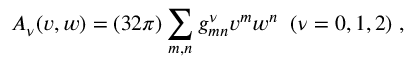
A _ { \nu } ( v , w ) = ( 3 2 \pi ) \sum _ { m , n } g _ { m n } ^ { \nu } v ^ { m } w ^ { n } \; \; ( \nu = 0 , 1 , 2 ) \; ,